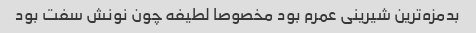
بدمزه‌ترین شیرینی عمرم بود مخصوصا لطیفه چون نونش سفت بود